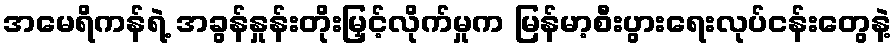
အမေရိကန်ရဲ့ အခွန်နှုန်းတိုးမြှင့်လိုက်မှုက မြန်မာ့စီးပွားရေးလုပ်ငန်းတွေနဲ့